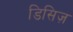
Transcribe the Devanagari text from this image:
डिसिज़